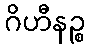
ဂိဟီနဉ္စ